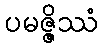
ပမဇ္ဇိဿံ